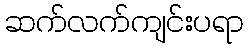
ဆက်လက်ကျင်းပရာ